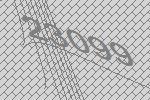
23099